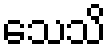
သေသိ